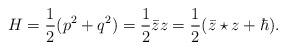
LaTeX: \begin{align*}H=\frac{1}{2}(p^2+q^2)=\frac{1}{2}{\bar z}z=\frac{1}{2}({\bar z}\star z+\hbar).\end{align*}